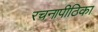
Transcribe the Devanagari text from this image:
रचनापीठिका